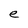
Character: e